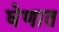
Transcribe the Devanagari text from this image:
घेणात